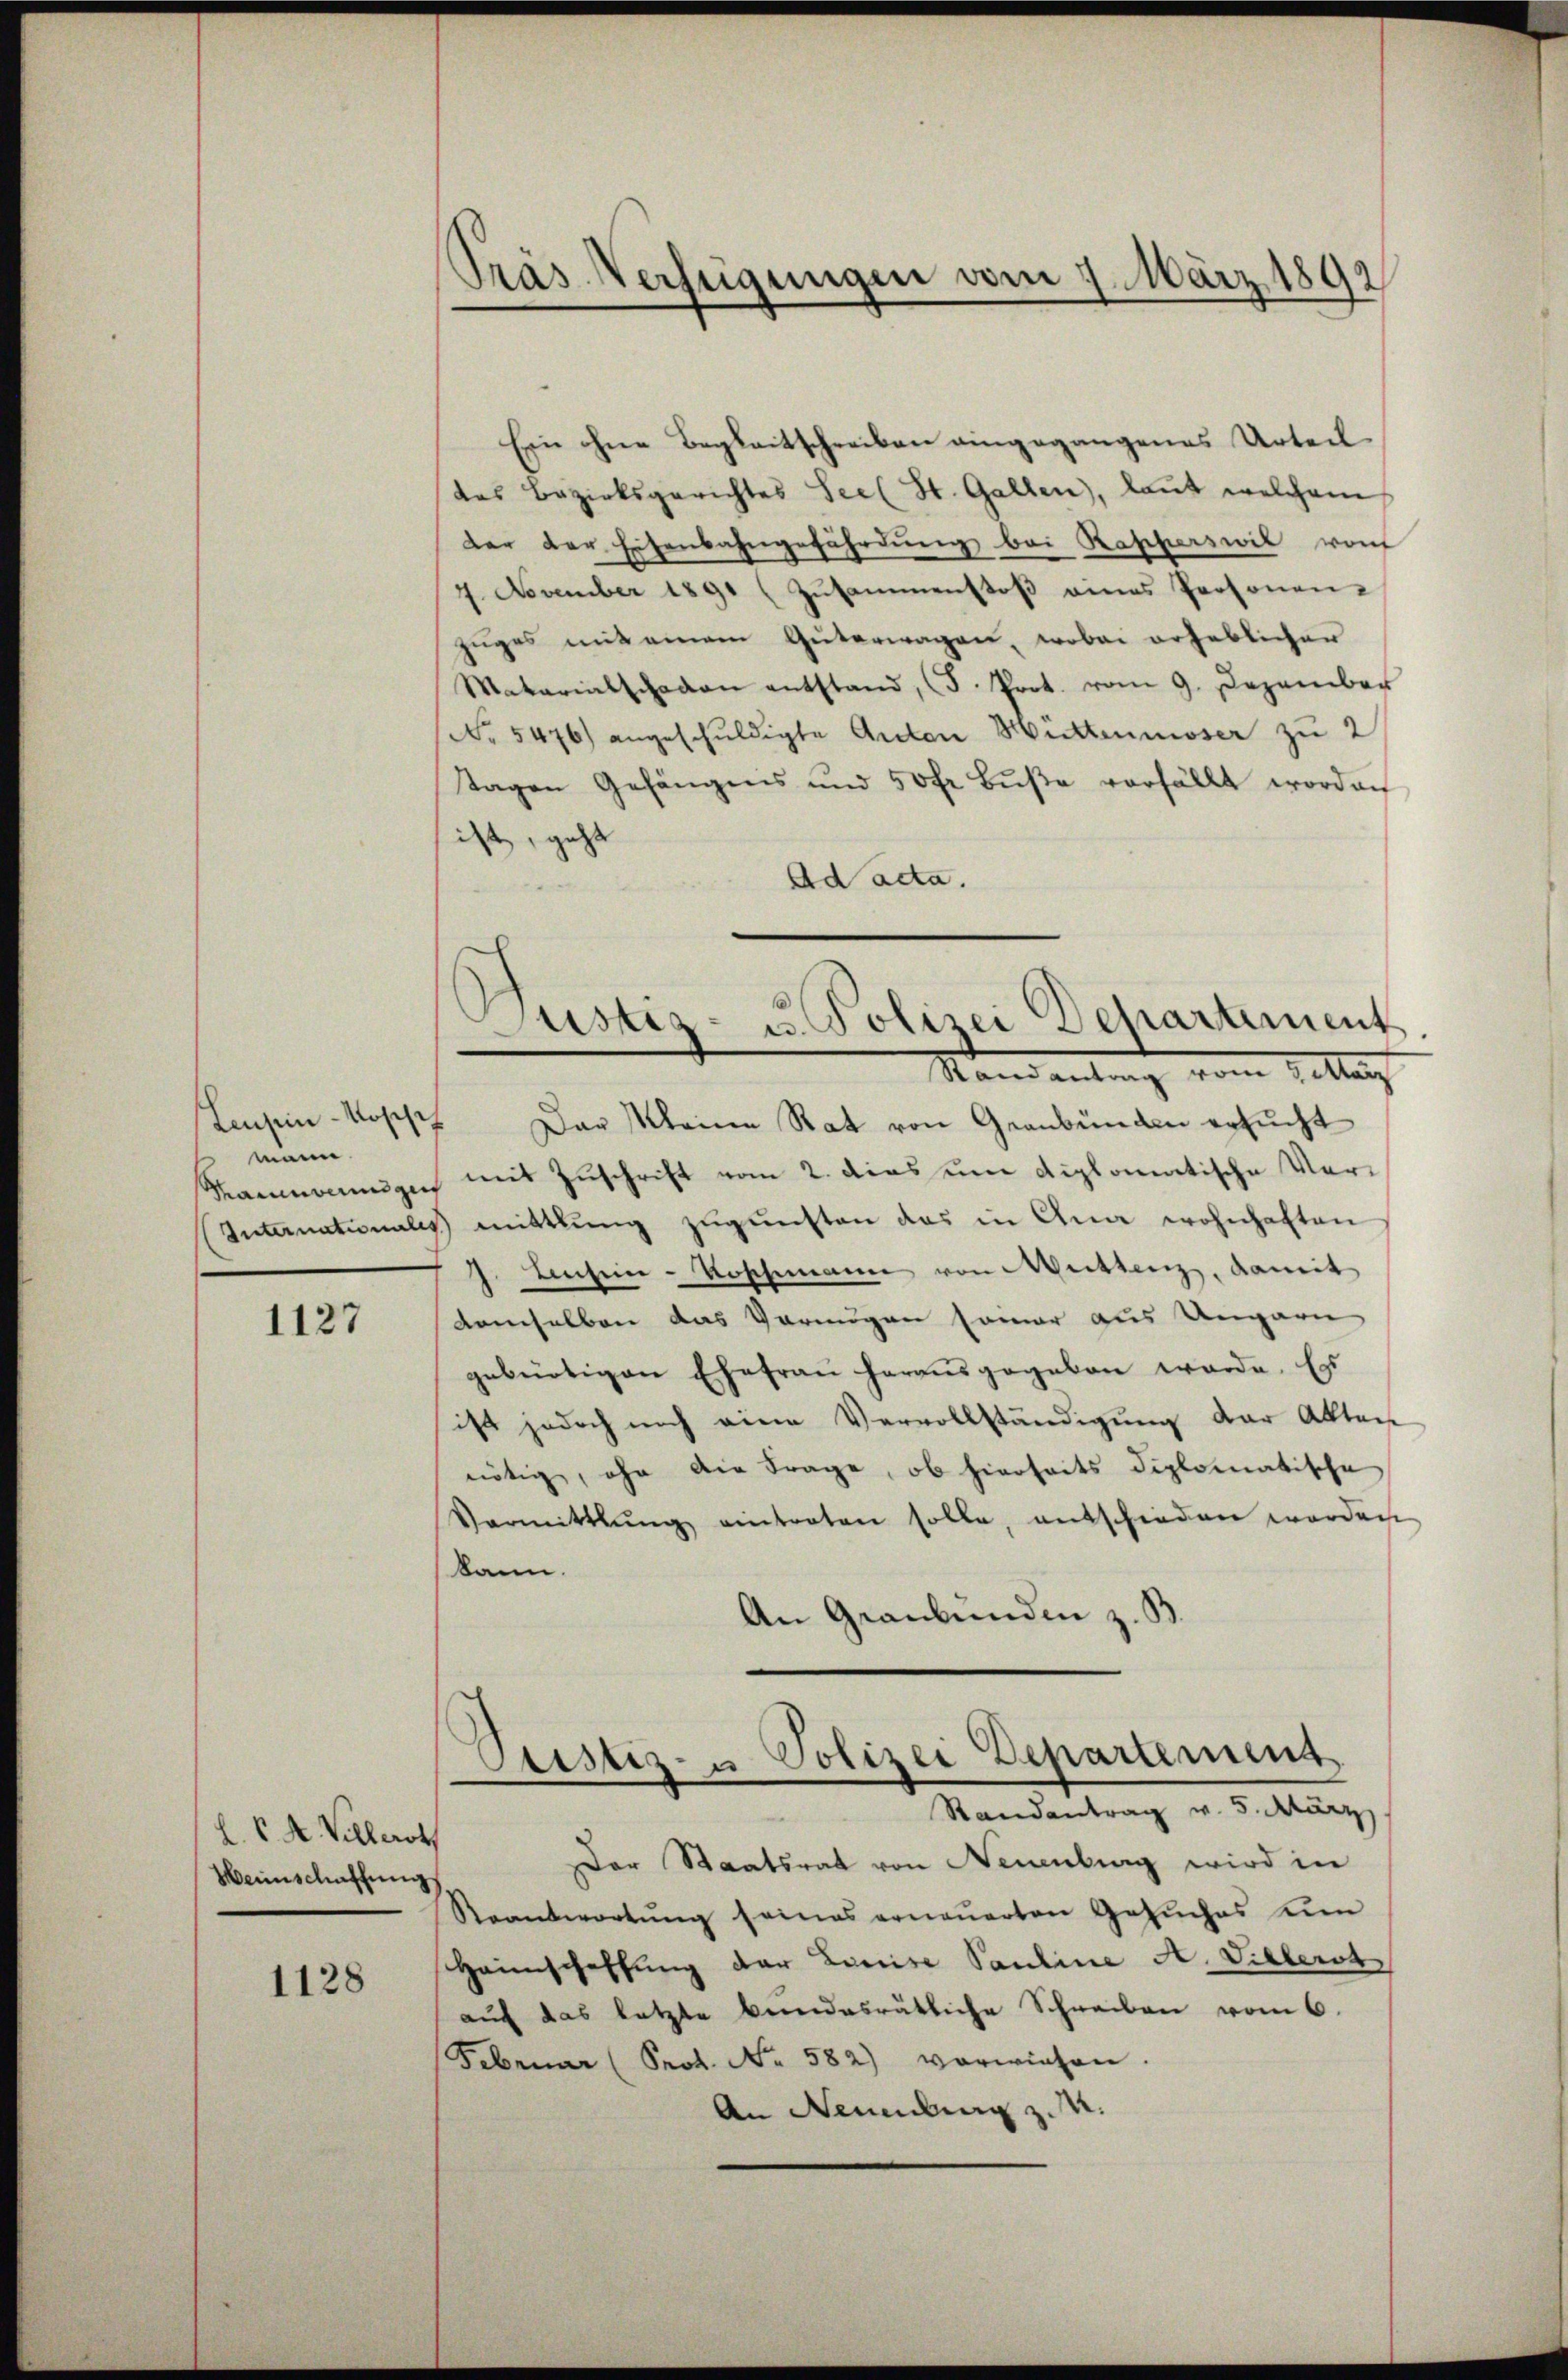
seisen-Kosisch
mann.

1127

L. K. A. Villerot
Heinschaffung

1128

Pras Verfügungen vom 7. März 1892

Ein ohne Begleitschreiben eingegangenes Urteil
des Bezirksgerichtes Seel St. Gallen, laut welchem
der der Eisenbahngefährdung bei Rapperswil von
4. November 1891 (Zŭsammenstoß eines Personen-
zŭges mit einem Güterwagen, wobei erheblicher
Matariatschaden entstand, (I. Prot. vom 9. Dezember
No 5476) angeschuldigte Anton Mittenmoser zu 2
Tagen Gefängnis und 50 fr Bŭβe verfällt worden
ist, geht
Ad acta.
Justiz- u. Polizei Departement.
Nandantrag vom 1. Mar
Das Kleine Rat von Gernbunden ersucht
Rannouge mit Zuschrift vom 2. dies um diplomatische Vor¬
Internationales mittlung zŭgŭnsten das in Ana wohnhaften
J. Consein-Roschemann von Meistenz, damit
demselben das Vermögen semar aus Ungarn
gebürtigen Ehefrau herausgegeben werde. Es
ist jedoch noch eine Vervollständigung der Akten
nötig, ohn die Frage, ob hierseits diplomatische
Varmittlung eintreten solle, entschieden werden
kann.
An Graubünden z. B.

Justiz- u Polizei Departement
Randantrag v. 5. März
Der Staatsrat von Neuenburg wird in

Reantwortŭng seines erneuerten Gesuches um
Haimschaffung der Linie Pauline A. Vielerot
auf das letzte Bundesrätliche Schreiben vom 6.
Februar (Prot. No. 582) vorwiesen.
An Neuenburg z. M.